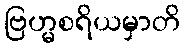
ဗြဟ္မစရိယမှာတိ